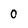
Character: 0